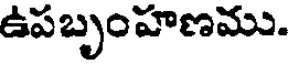
ఉపబృంహణము.